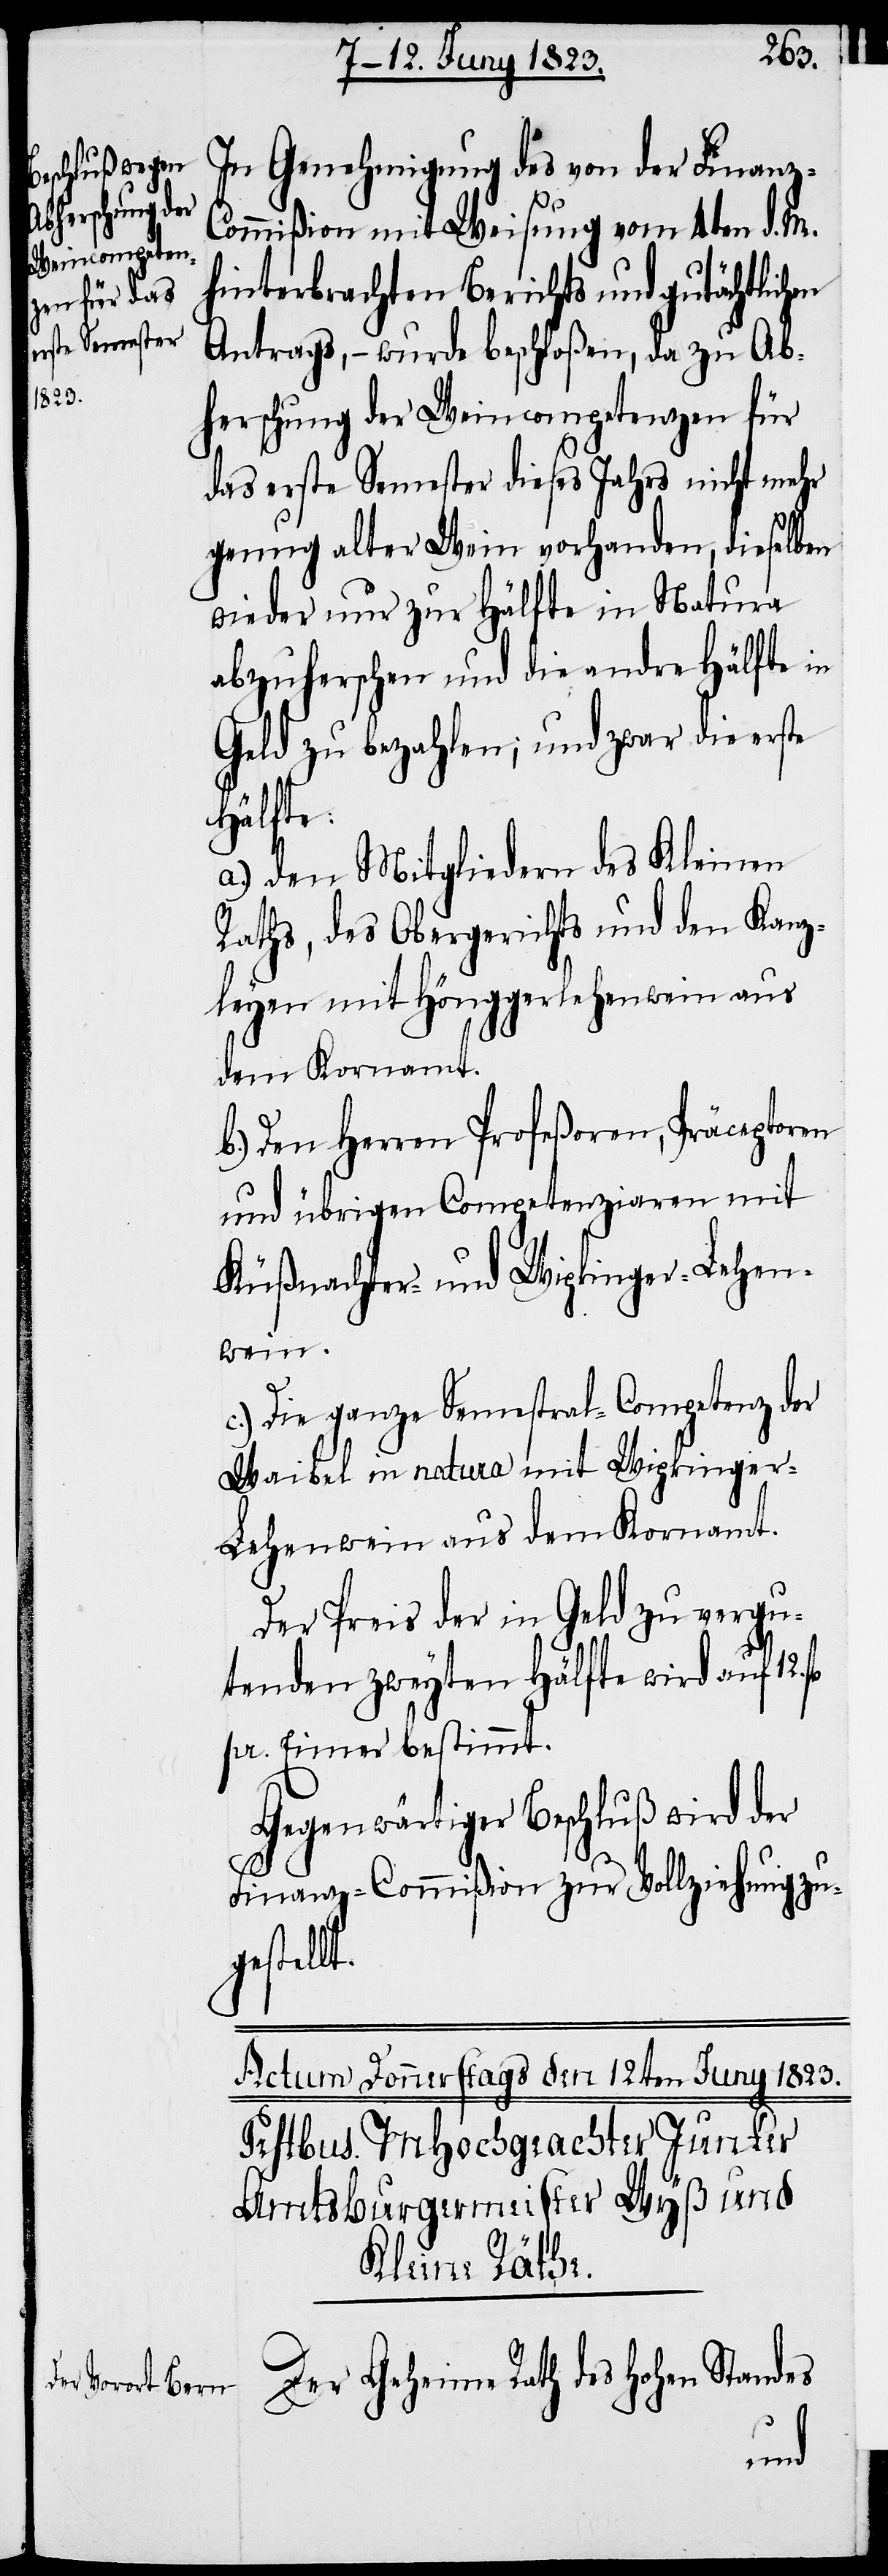
In Genehmigung des von der Finanz-C¬
ommißion mit Weisung vom 4ten d. M.
hinterbrachten Berichts und gutächtlichen
Antrags, – wurde beschloßen, da zu Ab¬
herschung der Weincompetenzen für
das erste Semester dieses Jahrs nicht mehr
genug alter Wein vorhanden, dieselben
wieder nur zur Hälfte in Natura
abzuherschen und die andre Hälfte in
Geld zu bezahlen; und zwar die erste
Hälfte:
a.) den Mitgliedern des Kleinen
Raths, des Obergerichts und den Kanz¬
leyen mit Hönggerlehenwein aus
dem Kornamt.
b.) Den Herren Profeßoren, Präceptoren
und übrigen Competenziaren mit
Küßnachter- und Wipkinger-Lehen¬
wein.
c.) Die ganze Semestral-Competenz der
Waibel in natura mit Wipkinger-L¬
ehenwein aus dem Kornamt.
Der Preis der in Geld zu vergu¬
tenden zweyten Hälfte wird auf 12.
pr. Eimer bestimmt.
Gegenwärtiger Beschluß wird der
Finanz-Commißion zur Vollziehung zu¬
gestellt.
Der Geheime Rath des Hohen Standes